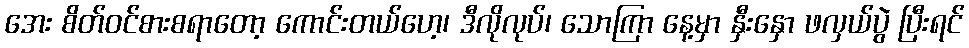
အေး စိတ်ဝင်စားစရာတော့ ကောင်းတယ်ဟေ့၊ ဒီလိုလုပ်၊ သောကြာ နေ့မှာ နှီးနှော ဖလှယ်ပွဲ ပြီးရင်